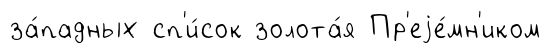
за́падных сп'и́сок золота́я Пр'еjе́мн'иком